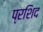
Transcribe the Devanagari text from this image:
प्रशिद